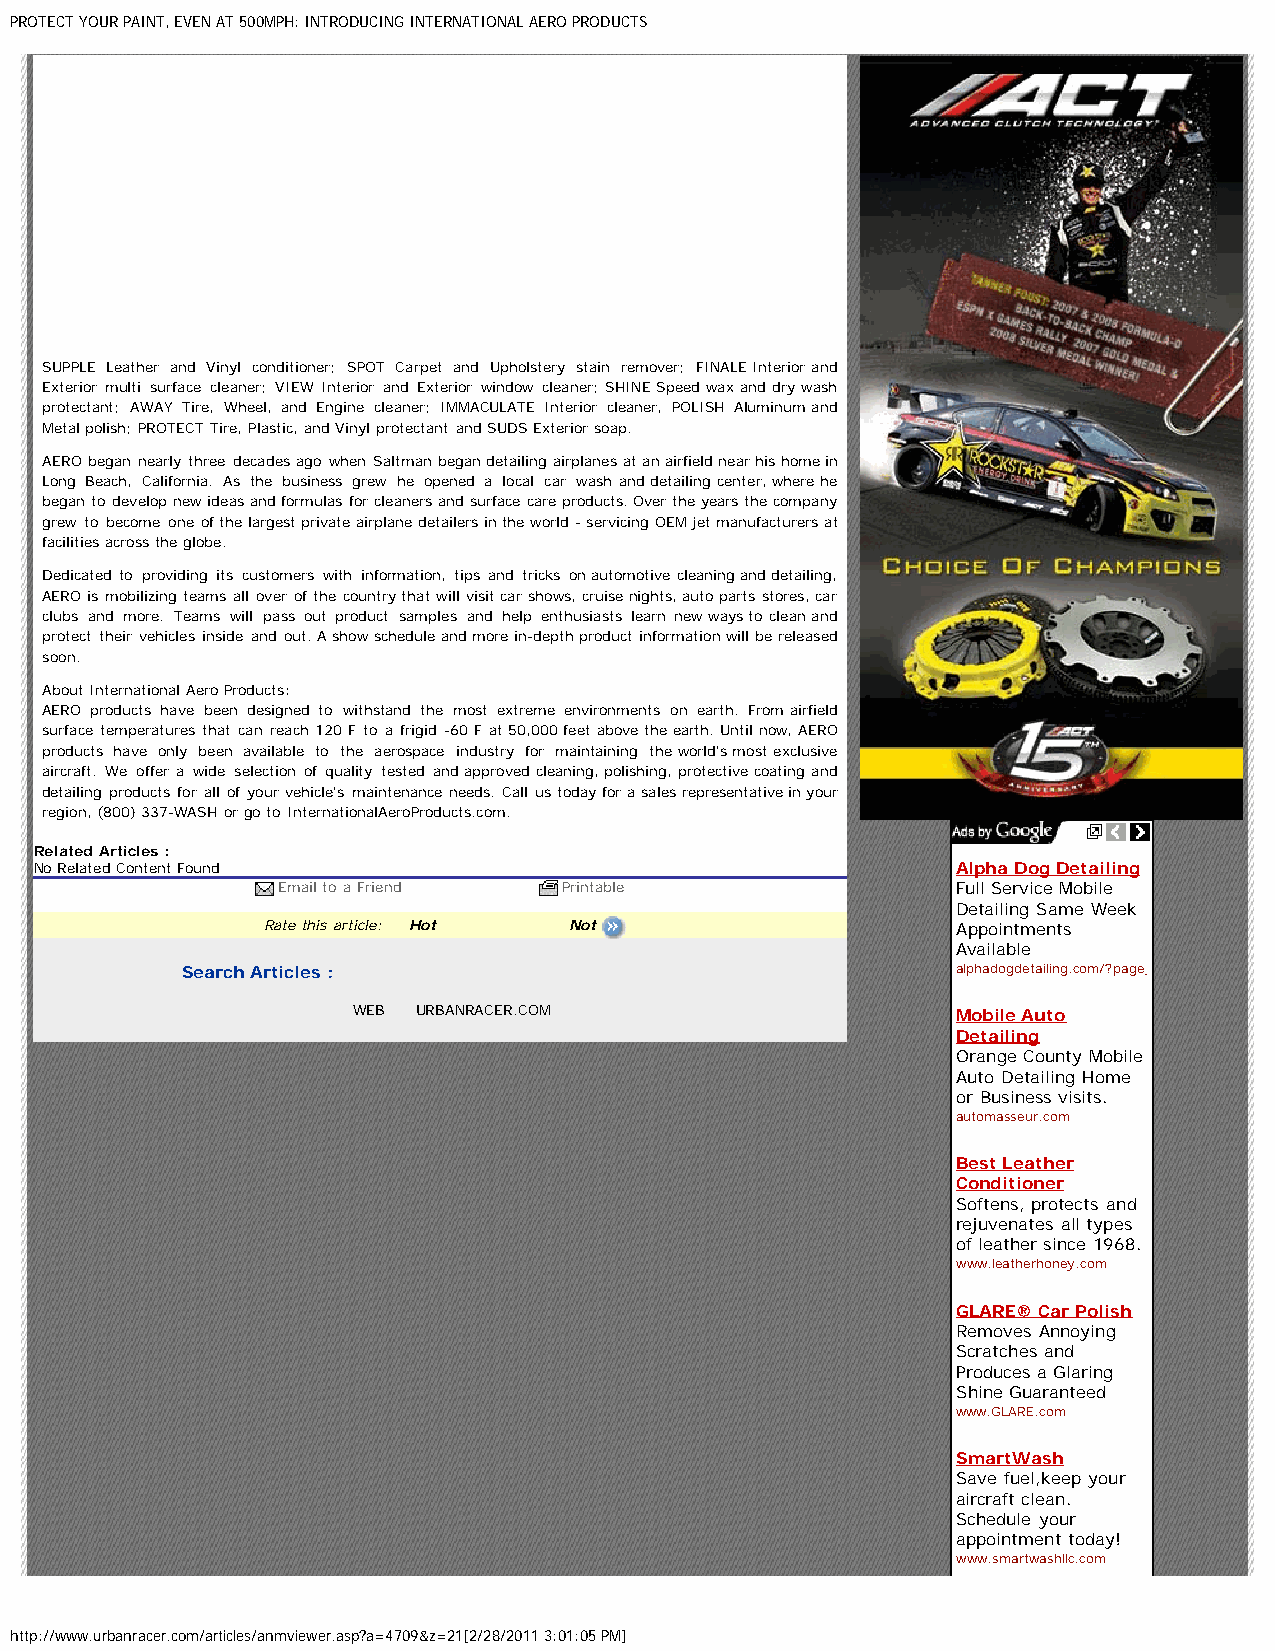
PROTECT YOUR PAINT, EVEN AT 500MPH: INTRODUCING INTERNATIONAL AERO PRODUCTS
 SUPPLE Leather and Vinyl conditioner; SPOT Carpet and Upholstery stain remover; FINALE Interior and
 Exterior multi surface cleaner; VIEW Interior and Exterior window cleaner; SHINE Speed wax and dry wash
 protectant; AWAY Tire, Wheel, and Engine cleaner; IMMACULATE Interior cleaner, POLISH Aluminum and
 Metal polish; PROTECT Tire, Plastic, and Vinyl protectant and SUDS Exterior soap.
 AERO began nearly three decades ago when Saltman began detailing airplanes at an airfield near his home in
 Long Beach, California. As the business grew he opened a local car wash and detailing center, where he
 began to develop new ideas and formulas for cleaners and surface care products. Over the years the company
 grew to become one of the largest private airplane detailers in the world - servicing OEM jet manufacturers at
 facilities across the globe.
 Dedicated to providing its customers with information, tips and tricks on automotive cleaning and detailing,
 AERO is mobilizing teams all over of the country that will visit car shows, cruise nights, auto parts stores, car
 clubs and more. Teams will pass out product samples and help enthusiasts learn new ways to clean and
 protect their vehicles inside and out. A show schedule and more in-depth product information will be released
 soon.
 About International Aero Products:
 AERO products have been designed to withstand the most extreme environments on earth. From airfield
 surface temperatures that can reach 120 F to a frigid -60 F at 50,000 feet above the earth. Until now, AERO
 products have only been available to the aerospace industry for maintaining the world's most exclusive
 aircraft. We offer a wide selection of quality tested and approved cleaning, polishing, protective coating and
 detailing products for all of your vehicle's maintenance needs. Call us today for a sales representative in your
 region, (800) 337-WASH or go to InternationalAeroProducts.com.
 Related Articles :
 No Related Content Found                                     Alpha Dog Detailing
 Email to a Friend  Printable                 Full Service Mobile
 Detailing Same Week
 Rate this article: Hot Not                    Appointments
 Available
 Search Articles :                                  alphadogdetailing.com/?page_
 WEB  URBANRACER.COM                     Mobile Auto
 Detailing
 Orange County Mobile
 Auto Detailing Home
 or Business visits.
 automasseur.com
 Best Leather
 Conditioner
 Softens, protects and
 rejuvenates all types
 of leather since 1968.
 www.leatherhoney.com
 GLARE® Car Polish
 Removes Annoying
 Scratches and
 Produces a Glaring
 Shine Guaranteed
 www.GLARE.com
 SmartWash
 Save fuel,keep your
 aircraft clean.
 Schedule your
 appointment today!
 www.smartwashllc.com
 http://www.urbanracer.com/articles/anmviewer.asp?a=4709&z=21[2/28/2011 3:01:05 PM]